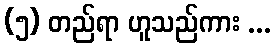
(၅) တည်ရာ ဟူသည်ကား ...